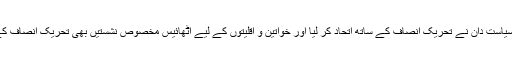
[1] نیز نو آزاد سیاست دان نے تحریک انصاف کے ساتھ اتحاد کر لیا اور خواتین و اقلیتوں کے لیے اٹھائیس مخصوص نشستیں بھی تحریک انصاف کے ساتھ ہو گئیں۔